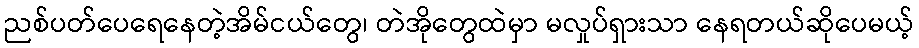
ညစ်ပတ်ပေရေနေတဲ့အိမ်ငယ်တွေ၊ တဲအိုတွေထဲမှာ မလှုပ်ရှားသာ နေရတယ်ဆိုပေမယ့်